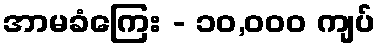
အာမခံကြေး - ၁၀,၀၀၀ ကျပ်